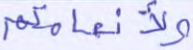
ولأنعامكم